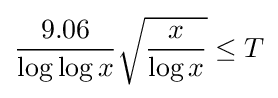
{\frac {9.06}{\log {\log {x}}}}{\sqrt {\frac {x}{\log {x}}}}\leq T